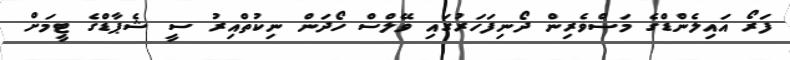
ފަރޯ އައިލެންޑްގެ މަސްވެރިން ދޯނިފަހަރުގައި ވޭލްސް ހޯދަން ނިކުތްއިރު ސީ ޝެޕާޑްގެ ޓީމަށް